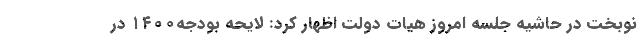
نوبخت در حاشیه جلسه امروز هیات دولت اظهار کرد: لایحه بودجه۱۴۰۰ در